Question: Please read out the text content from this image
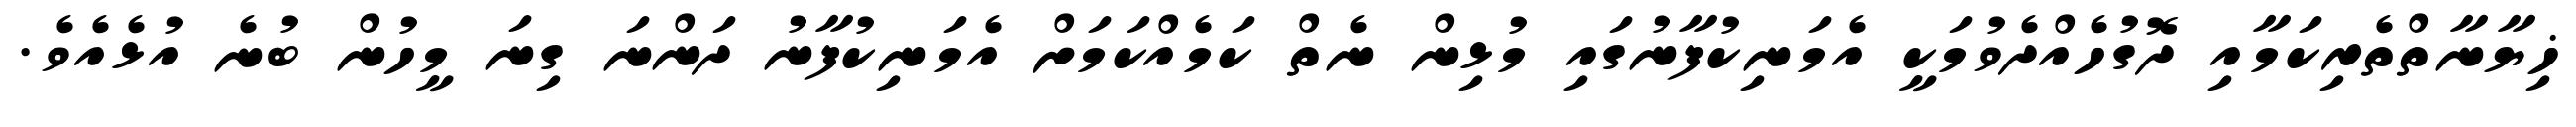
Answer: ޚިޔާނާތްތެރިކަމާއި ދޮގުހެއްދެވުމަކީ އެމަނިކުފާނުގައި މުޅިން ނެތް ކަމެއްކަމަށް އެމަނިކުފާނު ދަންނަ ގިނަ މީހުން ބުނެ އުޅެއެވެ.